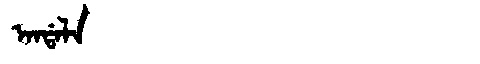
Manchu: ᠠᠨᡩᠠᠯᠠ
Romanization: ANDALA